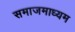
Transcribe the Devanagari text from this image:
समाजमाध्यम